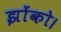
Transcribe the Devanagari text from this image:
झोंको।